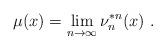
LaTeX: \begin{align*}\mu(x) = \lim_{n\to\infty} \nu_n^{*n}(x) \ .\end{align*}